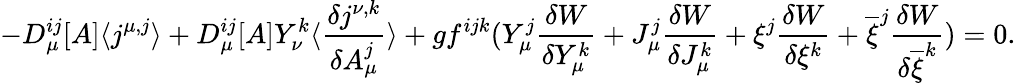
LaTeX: -D_{\mu}^{ij}[A]\langle j^{\mu,j}\rangle+D_{\mu}^{ij}[A]Y_{\nu}^{k}\langle\frac{\delta j^{\nu,k}}{\delta A_{\mu}^{j}}\rangle+gf^{ijk}(Y_{\mu}^{j}\frac{\delta W}{\delta Y_{\mu}^{k}}+J_{\mu}^{j}\frac{\delta W}{\delta J_{\mu}^{k}}+\xi^{j}\frac{\delta W}{\delta\xi^{k}}+\overline{{{\xi}}}^{j}\frac{\delta W}{\delta\overline{{{\xi}}}^{k}})=0.